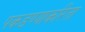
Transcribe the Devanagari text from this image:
पकडण्याकरिता